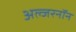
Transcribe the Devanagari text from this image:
अल्जरनॉन